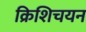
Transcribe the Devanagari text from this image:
क्रिशिचयन